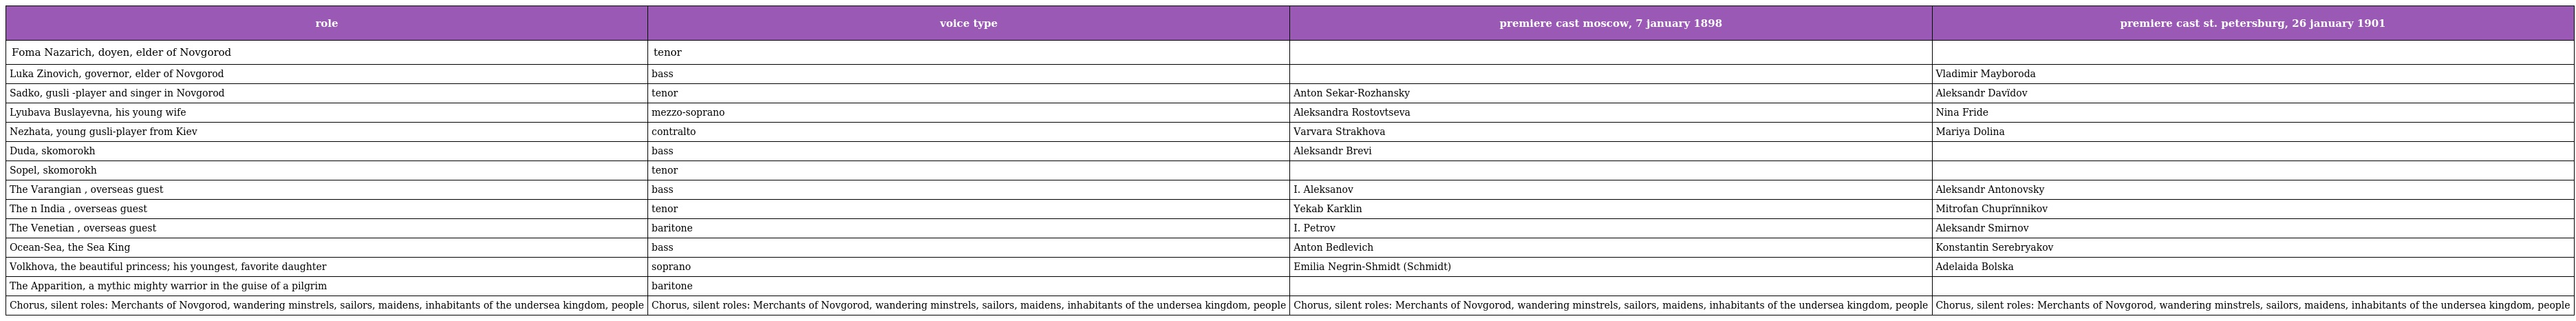
| role | voice type | premiere cast moscow, 7 january 1898 | premiere cast st. petersburg, 26 january 1901 |
 | --- | --- | --- | --- |
 | Foma Nazarich, doyen, elder of Novgorod | tenor |  |  |
 | Luka Zinovich, governor, elder of Novgorod | bass |  | Vladimir Mayboroda |
 | Sadko, gusli -player and singer in Novgorod | tenor | Anton Sekar-Rozhansky | Aleksandr Davïdov |
 | Lyubava Buslayevna, his young wife | mezzo-soprano | Aleksandra Rostovtseva | Nina Fride |
 | Nezhata, young gusli-player from Kiev | contralto | Varvara Strakhova | Mariya Dolina |
 | Duda, skomorokh | bass | Aleksandr Brevi |  |
 | Sopel, skomorokh | tenor |  |  |
 | The Varangian , overseas guest | bass | I. Aleksanov | Aleksandr Antonovsky |
 | The n India , overseas guest | tenor | Yekab Karklin | Mitrofan Chuprïnnikov |
 | The Venetian , overseas guest | baritone | I. Petrov | Aleksandr Smirnov |
 | Ocean-Sea, the Sea King | bass | Anton Bedlevich | Konstantin Serebryakov |
 | Volkhova, the beautiful princess; his youngest, favorite daughter | soprano | Emilia Negrin-Shmidt (Schmidt) | Adelaida Bolska |
 | The Apparition, a mythic mighty warrior in the guise of a pilgrim | baritone |  |  |
 | Chorus, silent roles: Merchants of Novgorod, wandering minstrels, sailors, maidens, inhabitants of the undersea kingdom, people | Chorus, silent roles: Merchants of Novgorod, wandering minstrels, sailors, maidens, inhabitants of the undersea kingdom, people | Chorus, silent roles: Merchants of Novgorod, wandering minstrels, sailors, maidens, inhabitants of the undersea kingdom, people | Chorus, silent roles: Merchants of Novgorod, wandering minstrels, sailors, maidens, inhabitants of the undersea kingdom, people |